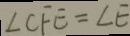
\angle C F E = \angle E